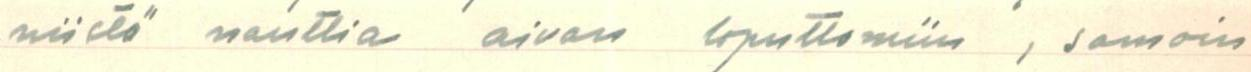
niistä nauttia aivan loputtomiin , samoin